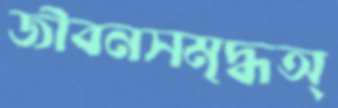
জীবনসমৃদ্ধঅ্